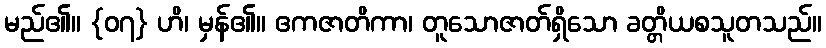
မည်၏။ {၀၇} ဟိ၊ မှန်၏။ ဧကဇာတိကာ၊ တူသောဇာတ်ရှိသော ခတ္တိယစသူတသည်။